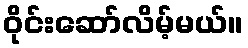
ဝိုင်းဆော်လိမ့်မယ်။